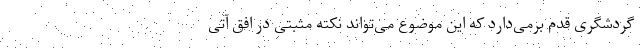
گردشگری قدم برمی‌دارد که این موضوع می‌تواند نکته مثبتی در افق آتی